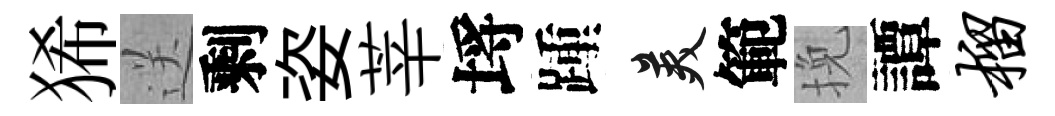
狶送剩姿莘埓踵美範挽譚榴